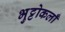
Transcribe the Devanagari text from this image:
भुट्टोकलाँ